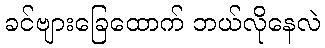
ခင်ဗျားခြေထောက် ဘယ်လိုနေလဲ